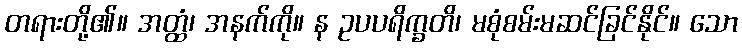
တရားတို့၏။ အတ္ထံ၊ အနက်ကို။ န ဥပပရိက္ခတိ၊ မစုံစမ်းမဆင်ခြင်နိုင်။ သော